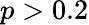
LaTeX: p>0.2